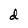
Character: d